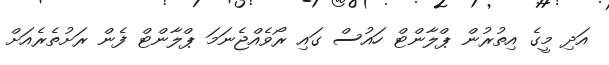
އަދި މީގެ އިތުރުން ޕްލާންޓް ހައުސް ގައި ރޯވެއްޖެނަމަ ޕްލާންޓް ފެން ރަށުތެރެއަށް